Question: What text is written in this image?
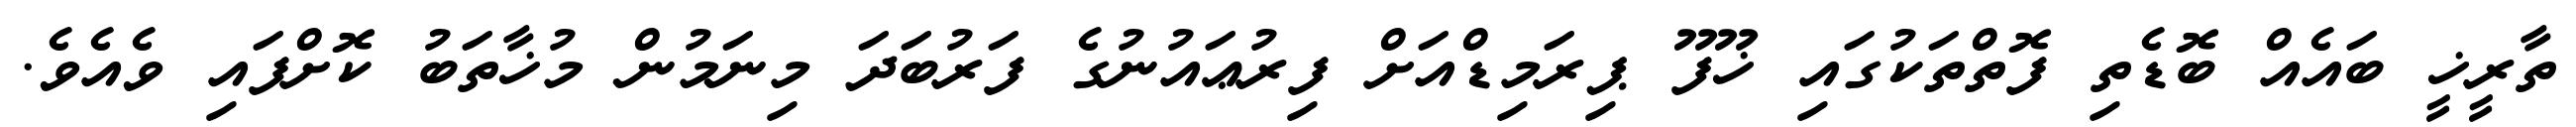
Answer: ތާރީޚީ ބައެއް ބޮޑެތި ފޮތްތަކުގައި ޚޫފޫ ޕިރަމިޑްއަށް ފިރުޢައުނުގެ ފަރުބަދަ މިނަމުން މުޚާތަބު ކޮށްފައި ވެއެވެ.